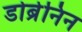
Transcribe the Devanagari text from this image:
डोब्रेनिन